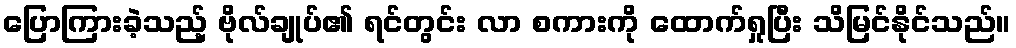
ပြောကြားခဲ့သည့် ဗိုလ်ချုပ်၏ ရင်တွင်း လာ စကားကို ထောက်ရှုပြီး သိမြင်နိုင်သည်။